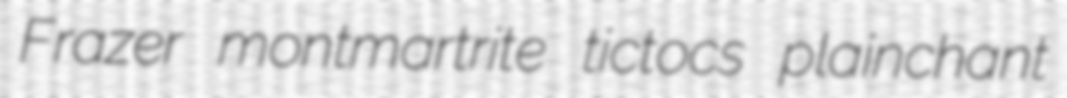
Frazer montmartrite tictocs plainchant